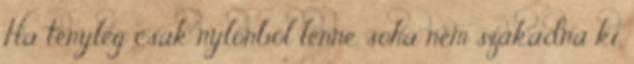
Ha tényleg csak nylonból lenne, soha nem szakadna ki,